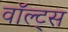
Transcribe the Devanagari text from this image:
वॉल्ट्स